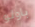
باولو